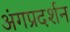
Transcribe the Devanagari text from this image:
अंगप्रदर्शन